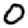
Digit: 0